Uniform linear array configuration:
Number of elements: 24
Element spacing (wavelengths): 1
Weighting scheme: hamming
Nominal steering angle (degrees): -30
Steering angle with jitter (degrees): -30.152
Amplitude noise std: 0.05
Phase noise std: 0.05

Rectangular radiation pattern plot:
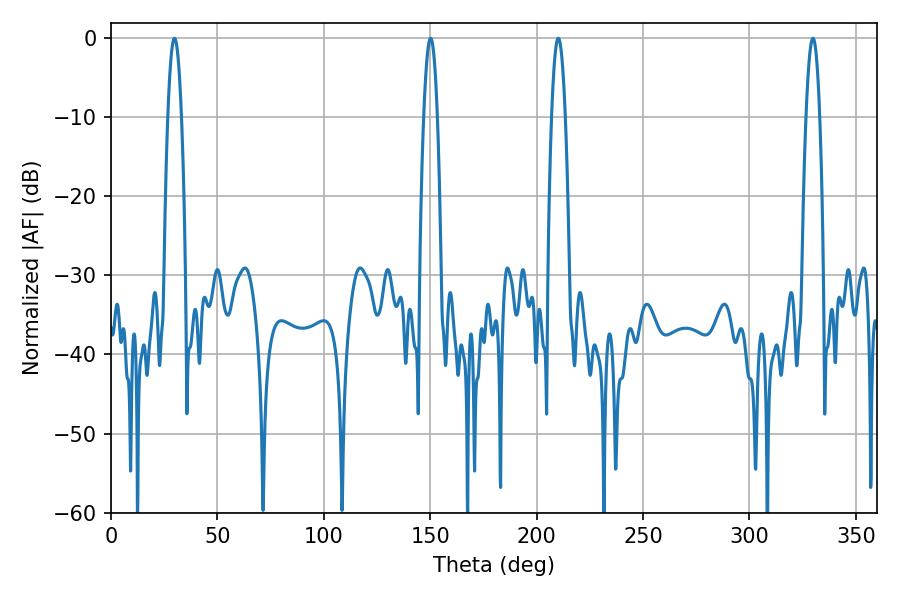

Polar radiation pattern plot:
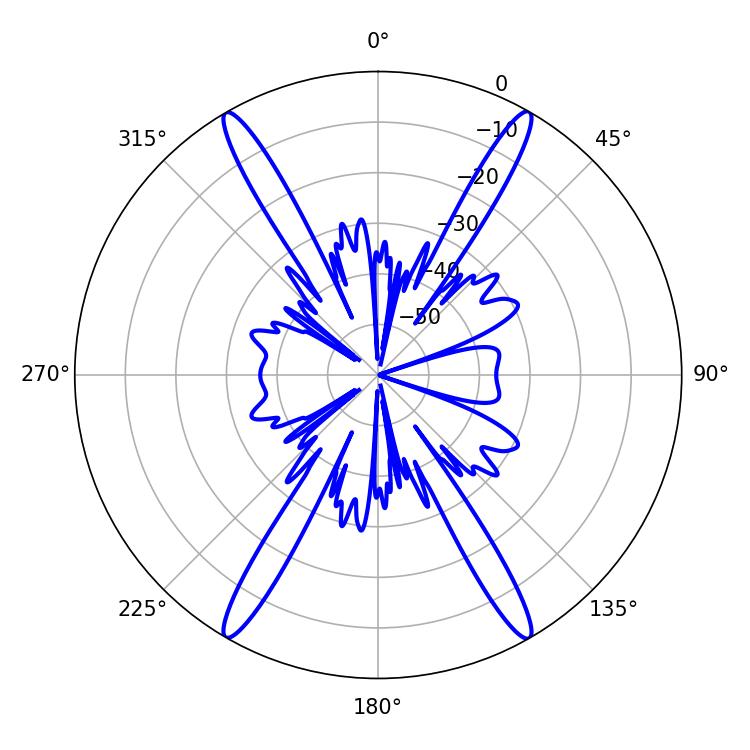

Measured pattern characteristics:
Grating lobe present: TRUE
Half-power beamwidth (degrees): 3.6
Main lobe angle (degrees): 29.88